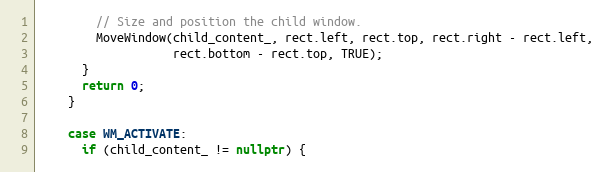
Language: C++
        // Size and position the child window.
        MoveWindow(child_content_, rect.left, rect.top, rect.right - rect.left,
                   rect.bottom - rect.top, TRUE);
      }
      return 0;
    }

    case WM_ACTIVATE:
      if (child_content_ != nullptr) {